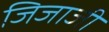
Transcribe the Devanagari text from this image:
जिजाजी